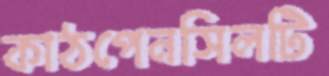
কাঠপেনসিলটি